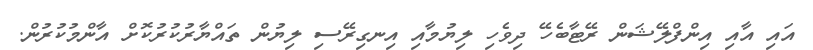
އައި އާއި އިންފްލޭޝަން ރޭޓާބެހޭ ދިވެހި ލިޔުމާއި އިނގިރޭސި ލިޔުން ތައްޔާރުކުރުކޮށް އާންމުކުރުން.